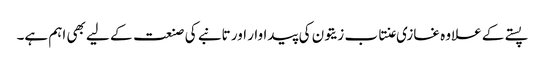
پستے کے علاوہ غازی عنتاب زیتون کی پیداوار اور تانبے کی صنعت کے لیے بھی اہم ہے۔